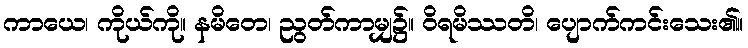
ကာယေ၊ ကိုယ်ကို။ နမိတေ၊ ညွတ်ကာမျှ၌။ ဝိရမိဿတိ၊ ပျောက်ကင်းသေး၏။